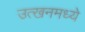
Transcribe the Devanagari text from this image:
उत्खनमध्ये